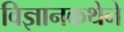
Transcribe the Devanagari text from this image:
विज्ञानकथेने